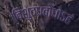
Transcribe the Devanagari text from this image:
विशुद्धबोधोऽहं